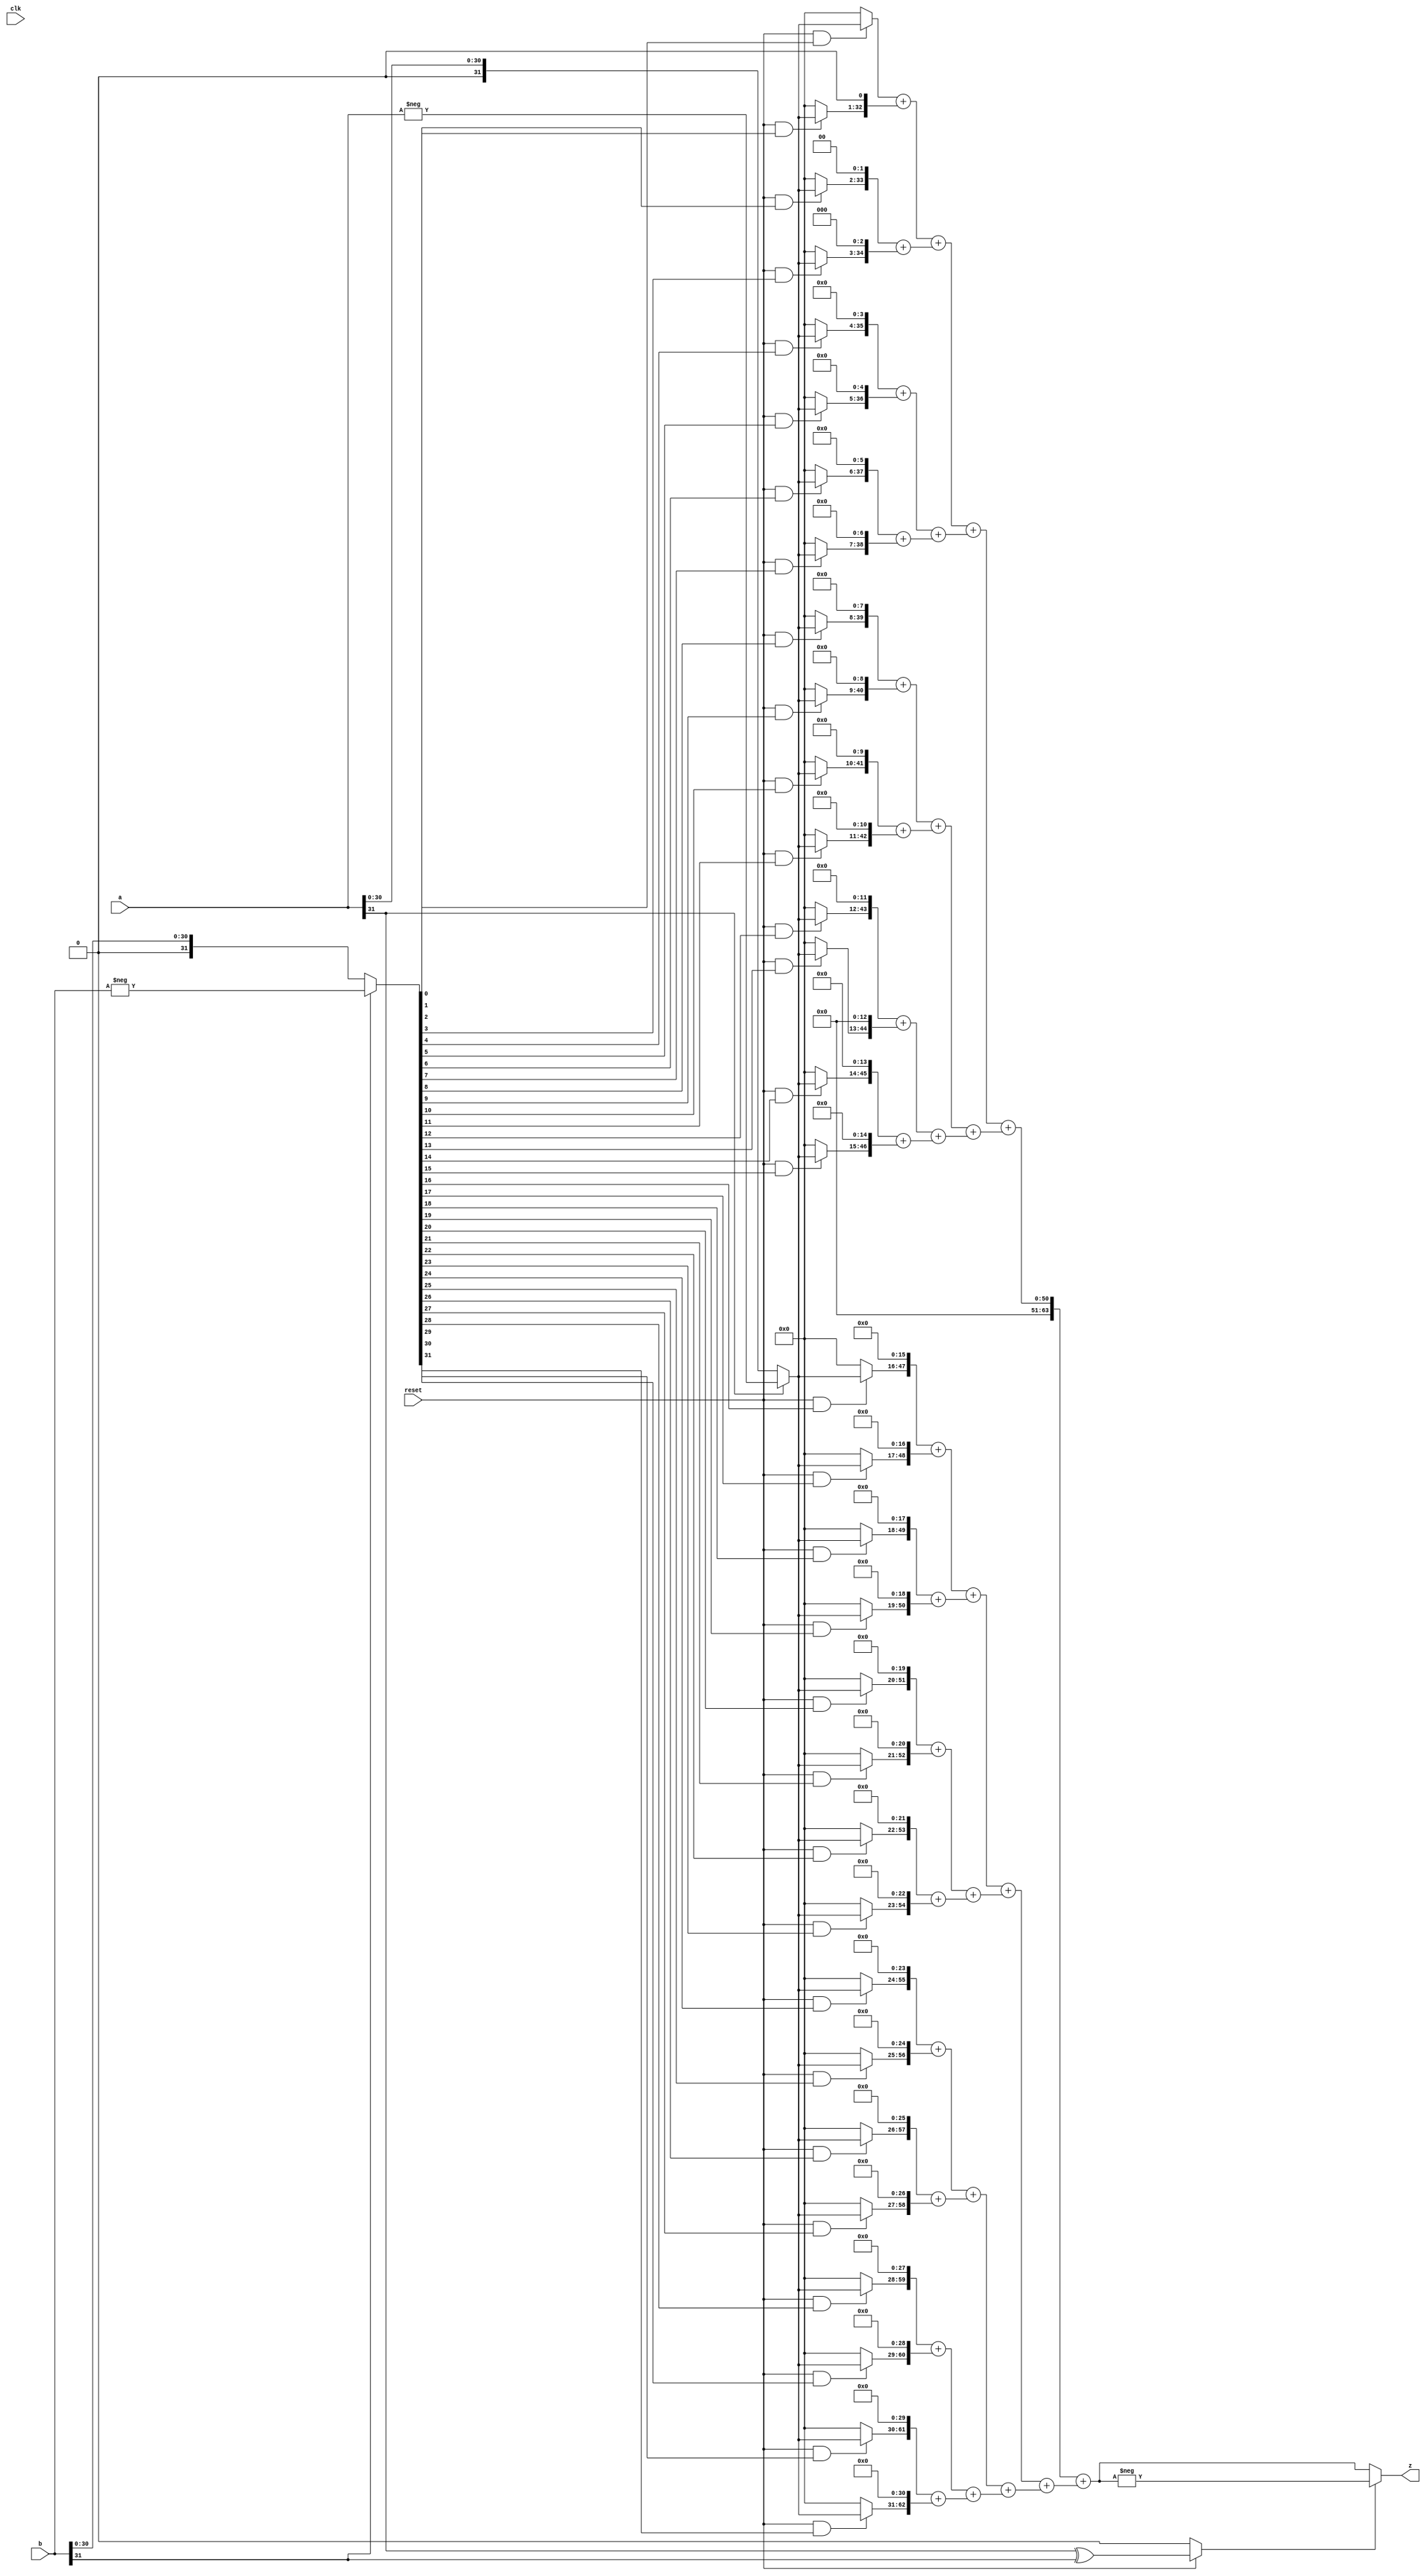
`timescale 1ns / 1ps
//////////////////////////////////////////////////////////////////////////////////
// Company: 
// Engineer: 
// 
// Design Name: 
// Module Name: MULTU
// Project Name: 
// Target Devices: 
// Tool Versions: 
// Description: 
// 
// Dependencies: 
// 
// Revision:
// Revision 0.01 - File Created
// Additional Comments:
// 
//////////////////////////////////////////////////////////////////////////////////


module MUL(
    input clk,
    input reset,
    input [31:0] a,
    input [31:0] b,
    output [63:0] z
    );
    
    wire [31:0] w_a = a[31] ? -a : a;
    wire [31:0] w_b = b[31] ? -b : b;
    reg sign;
    
    reg [63:0]Store[31:0];
    
    always @ (*)
    begin
        if(!reset)
            sign <= 0;
        else    
            sign <= a[31] ^ b[31];
    end
    
    
    genvar i;
    generate
        for(i = 0; i < 32; i = i + 1)
        begin:store
            always @ (*)
            begin
                if(reset && w_b[i])
                begin
                    Store[i] = 64'b0;
                    Store[i][31 + i:i] = w_a;
                end
                else
                    Store[i] = 64'b0;
            end
        end
    endgenerate
    
    wire [63:0]Add_1[15:0];
    genvar i_1;
    generate
        for(i_1 = 0; i_1 < 16; i_1 = i_1 + 1)
        begin:add_1
           assign Add_1[i_1] = Store[i_1 << 1] + Store[(i_1 << 1) | 1];
        end
    endgenerate
    
    wire [63:0]Add_2[7:0];
    genvar i_2;
    generate
         for(i_2 = 0; i_2 < 8; i_2 = i_2 + 1)
         begin:add_2
            assign Add_2[i_2] = Add_1[i_2 << 1] + Add_1[(i_2 << 1) | 1];
         end
    endgenerate
    
    wire [63:0]Add_3[3:0];
    genvar i_3;
    generate
         for(i_3 = 0; i_3 < 4; i_3 = i_3 + 1)
         begin:add_3
             assign Add_3[i_3] = Add_2[i_3 << 1] + Add_2[(i_3 << 1) | 1];
         end
    endgenerate
    
    wire [63:0]Add_4[1:0];
    genvar i_4;
    generate
          for(i_4 = 0; i_4 < 2; i_4 = i_4 + 1)  
          begin:add_4
             assign Add_4[i_4] = Add_3[i_4 << 1] + Add_3[(i_4 << 1) | 1];
          end
    endgenerate
    
    assign z = sign ? -(Add_4[0] + Add_4[1]) : Add_4[0] + Add_4[1];
     
endmodule